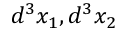
d ^ { 3 } x _ { 1 } , d ^ { 3 } x _ { 2 }